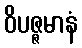
ဝိပဇ္ဇမာနံ